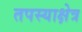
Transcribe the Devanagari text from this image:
तपस्याक्षेत्र